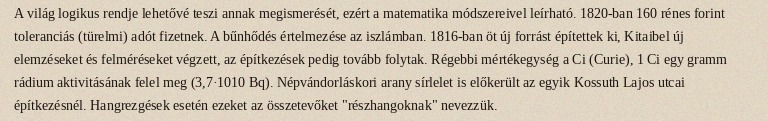
A világ logikus rendje lehetővé teszi annak megismerését, ezért a matematika módszereivel leírható. 1820-ban 160 rénes forint toleranciás (türelmi) adót fizetnek. A bűnhődés értelmezése az iszlámban. 1816-ban öt új forrást építettek ki, Kitaibel új elemzéseket és felméréseket végzett, az építkezések pedig tovább folytak. Régebbi mértékegység a Ci (Curie), 1 Ci egy gramm rádium aktivitásának felel meg (3,7·1010 Bq). Népvándorláskori arany sírlelet is előkerült az egyik Kossuth Lajos utcai építkezésnél. Hangrezgések esetén ezeket az összetevőket "részhangoknak" nevezzük.